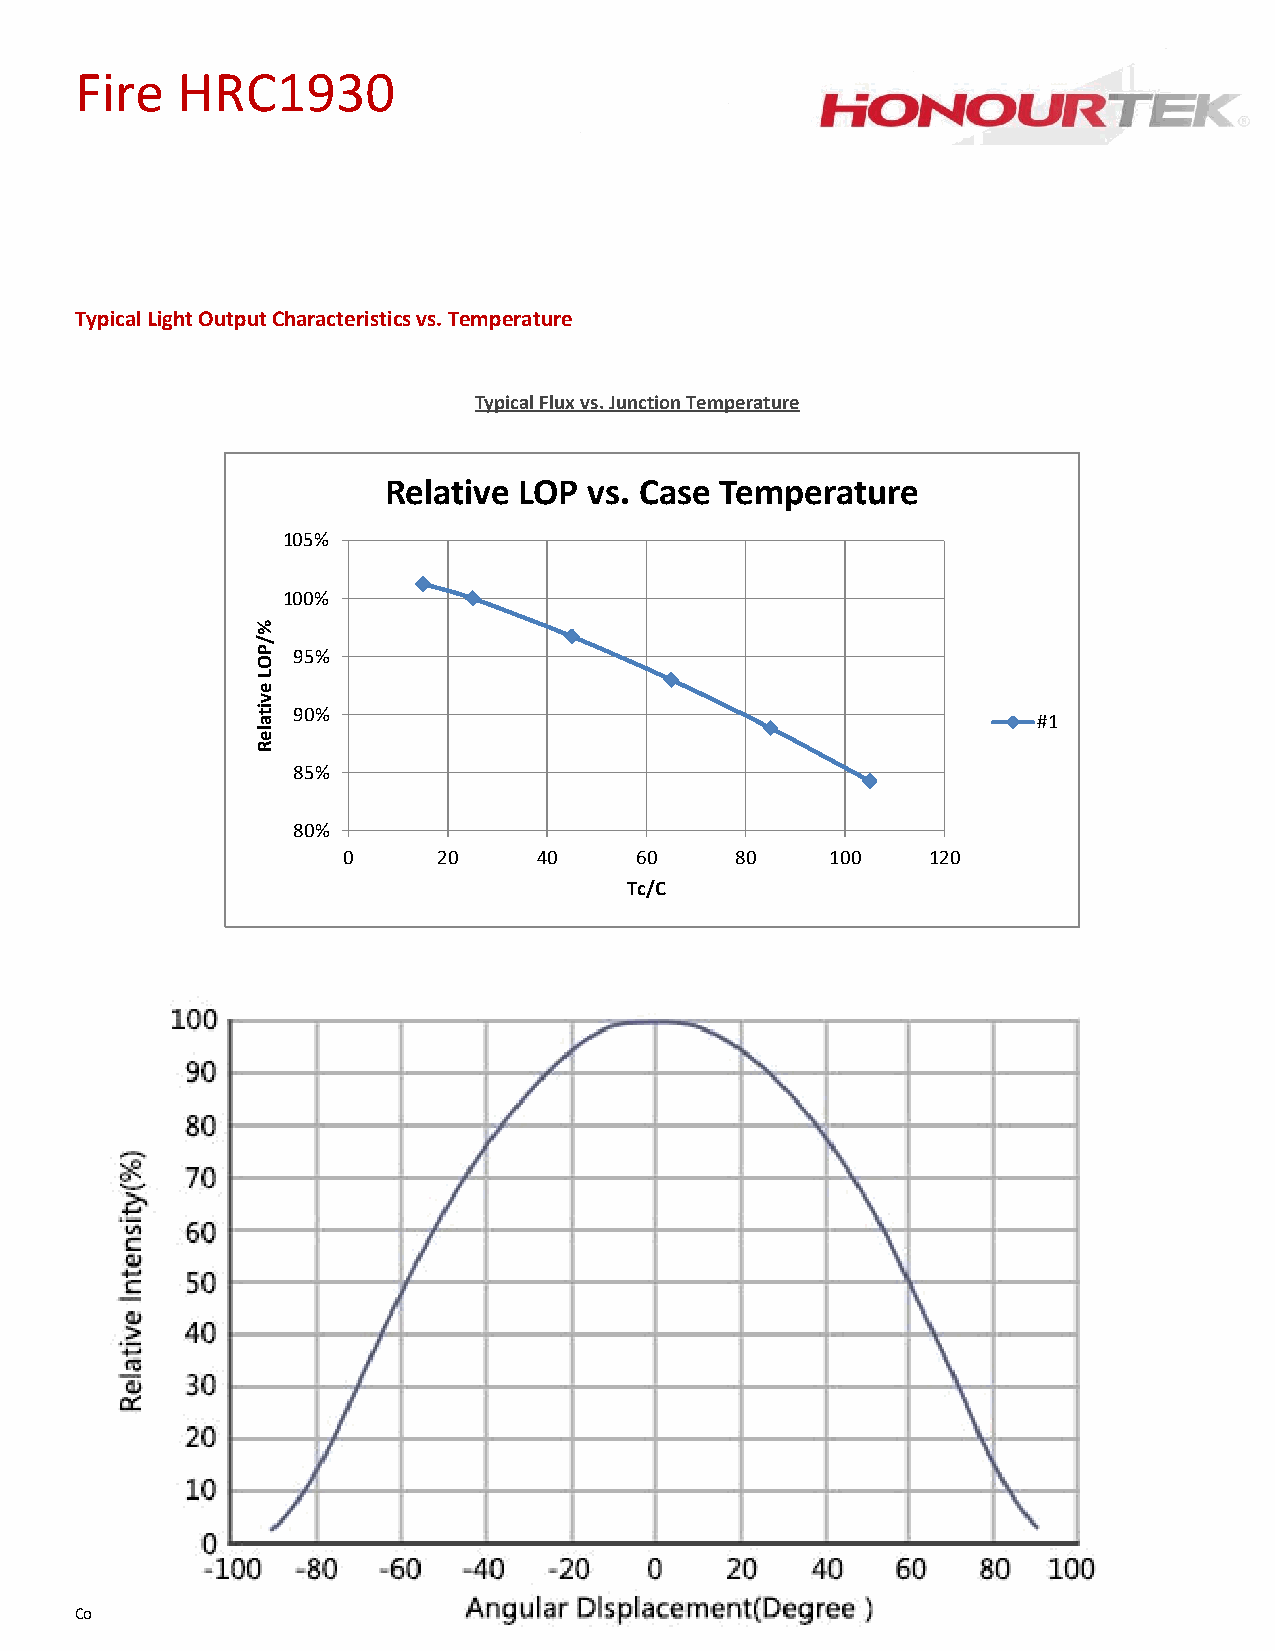
Fire   HRC1930
 Typical Light Output Characteristics vs. Temperature
 Typical Flux vs. Junction Temperature
 Relative LOP  vs. Case Temperature
 105%
 100%
 %
 /
 P 95%
 O
 L
 e
 v
 it
 a
 90%
 #1
 le
 R
 85%
 80%
 0     20     40    60     80    100   120
 Tc/C
 Copyright 2019 HONOURTEK,INC.ALL RIGHTS RESERVED           Page 9 of 13